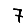
Digit: 7